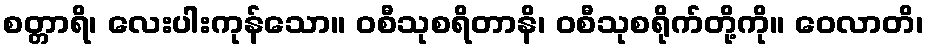
စတ္တာရိ၊ လေးပါးကုန်သော။ ဝစီသုစရိတာနိ၊ ဝစီသုစရိုက်တို့ကို။ ဝေလာတိ၊